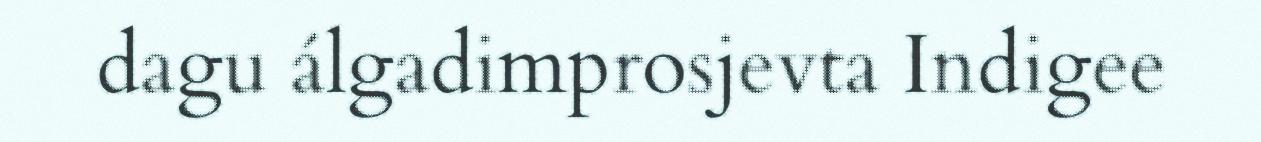
dagu álgadimprosjevta Indigee